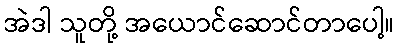
အဲဒါ သူတို့ အယောင်ဆောင်တာပေါ့။